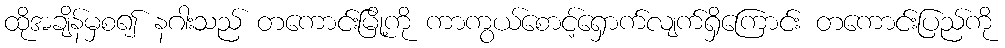
ထိုအချိန်မှစ၍ နဂါးသည် တကောင်းမြို့ကို ကာကွယ်စောင့်ရှောက်လျက်ရှိကြောင်း တကောင်းပြည်ကို